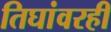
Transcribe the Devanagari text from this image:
तिघांवरही